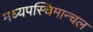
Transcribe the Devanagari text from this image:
मध्यपस्चिमान्चल